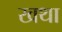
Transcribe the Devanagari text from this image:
खथा